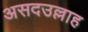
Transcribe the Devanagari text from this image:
असदउल्लाह